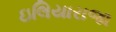
ઇલિયારાજા